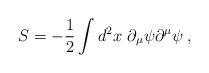
LaTeX: \begin{align*}S=-{1\over2}\int d^2x\ \partial_{\mu}\psi\partial^{\mu}\psi\>,\end{align*}